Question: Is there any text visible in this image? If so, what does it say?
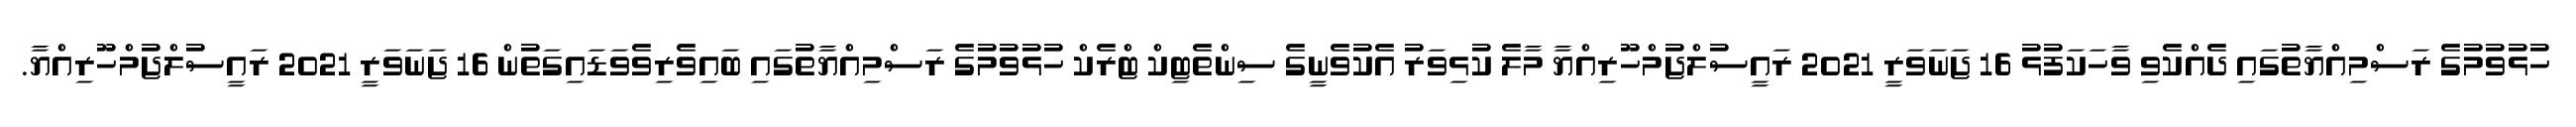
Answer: ހުޅުވުމުގެ ރަސްމިއްޔާތުގައި ދެއްކެވި ވާހަކަފުޅު 16 ޖަނަވަރީ 2021 ރައީސުލްޖުމްހޫރިއްޔާ މާލެ ކުޅިވަރު އެކުވެނީގެ ސިންތެޓިކް ޓްރެކް ހުޅުވުމުގެ ރަސްމިއްޔާތުގައި ބައިވެރިވެވަޑައިގަތުން 16 ޖަނަވަރީ 2021 ރައީސުލްޖުމްހޫރިއްޔާ.